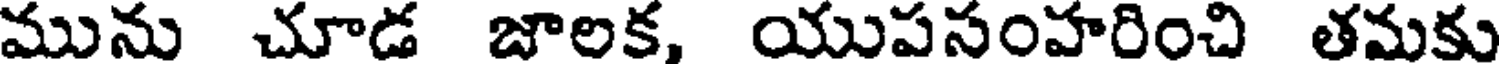
మును చూడ జాలక, యుపసంహరించి తమకు